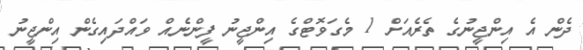
ދެން އެ އިންޖީނުގެ ތެރެއަށް 1 މެގަވޮޓްގެ އިންޖީނު ފީންނެއް ވައްދައިގެން އިންޖީނު